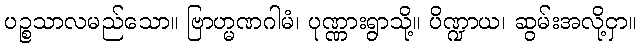
ပဉ္စသာလမည်သော။ ဗြာဟ္မဏဂါမံ၊ ပုဏ္ဏားရွာသို့။ ပိဏ္ဍာယ၊ ဆွမ်းအလို့ငှာ။